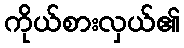
ကိုယ်စားလှယ်၏